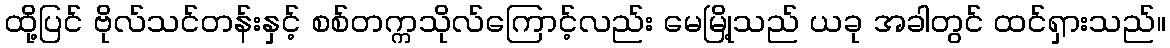
ထို့ပြင် ဗိုလ်သင်တန်းနှင့် စစ်တက္ကသိုလ်ကြောင့်လည်း မေမြို့သည် ယခု အခါတွင် ထင်ရှားသည်။